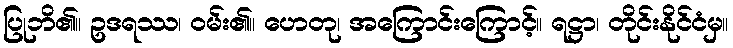
ပြုဘိ၏။ ဥဒရဿ၊ ဝမ်း၏။ ဟေတု၊ အကြောင်းကြောင့်။ ရဋ္ဌာ၊ တိုင်းနိုင်ငံမှ။